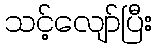
သင့်လျော်ပြီး